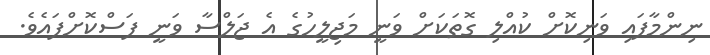
ނިންމާފައި ވަނިކޮށް ކުއްލި ގޮތަކަށް ވަނީ މަޖިލީހުގެ އެ ޖަލްސާ ވަނީ ފަސްކޮށްފައެވެ.